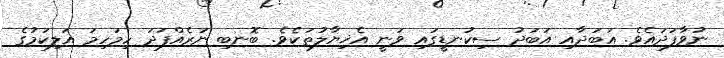
ނުވާފަދައެވެ. އަބަދާއި އަބަދު ސިކުނޑީގައި ވަނީ އެޚިޔާލުތަކެވެ. ބޮނބި ނަރެއްފަދަ ހިމަހިމަ އަލިކަމުގެ